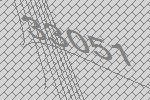
33051